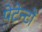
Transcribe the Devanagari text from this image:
पेटेन्टों